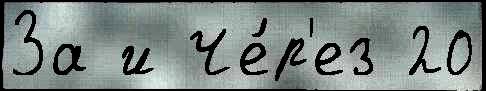
За и Че́р'ез 20